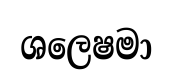
ශලෙෂමා